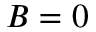
B = 0